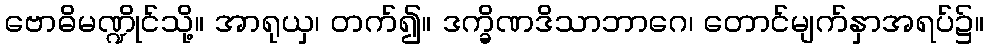
ဗောဓိမဏ္ဍိုင်သို့။ အာရုယှ၊ တက်၍။ ဒက္ခိဏဒိသာဘာဂေ၊ တောင်မျက်နှာအရပ်၌။